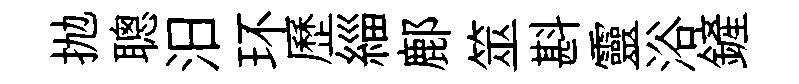
抛聰汨环歷緇鄜筮斟靈浴鏟